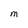
Character: M